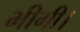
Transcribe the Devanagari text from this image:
भीगी।